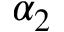
\alpha _ { 2 }